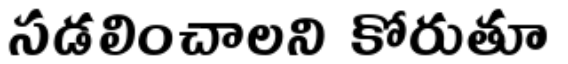
సడలించాలని కోరుతూ